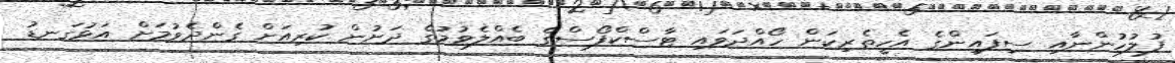
ފުލުހުންނާއި ސިފައިންގެ އެހީތެރިކަން ހޯއްދަވައި ޓާސްކްފޯސްގެ ބެއްލެވުމުގެ ދަށުން ކުރިއަށް ގެންދެވުމަށް އަޅުގަނޑު